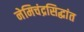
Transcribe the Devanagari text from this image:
नेमिचंद्रसिद्धांत